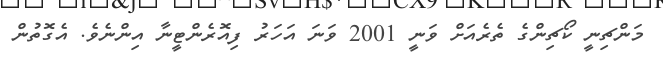
މަންޗިނީ ކޯޗިންގެ ތެރެއަށް ވަނީ 2001 ވަނަ އަހަރު ފިއޮރެންޓީނާ އިންނެވެ. އެގޮތުން